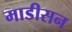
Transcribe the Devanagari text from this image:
माडीसन